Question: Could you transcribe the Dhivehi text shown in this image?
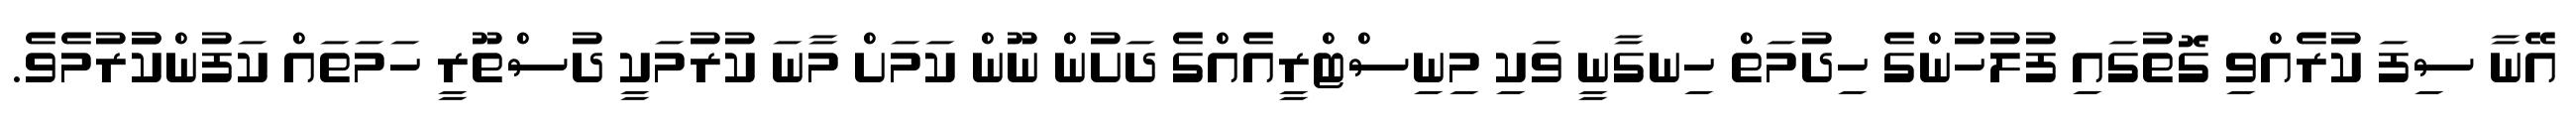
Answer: އޭނާ ސިފަ ކުރެއްވި ގޮތުގައި ފުލުހުންގެ ހިދުމަތް ހިނގާނީ ވަކި މިނިސްޓްރީއެއްގެ ދަށުން ނޫން ކަމަށް މާނަ ކުރުމަކީ ދުސްތޫރީ ހަމަތައް ކަފުންކުުރުމެވެ.